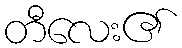
တီလေး၏